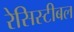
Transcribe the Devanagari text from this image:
रेसिस्टीबल